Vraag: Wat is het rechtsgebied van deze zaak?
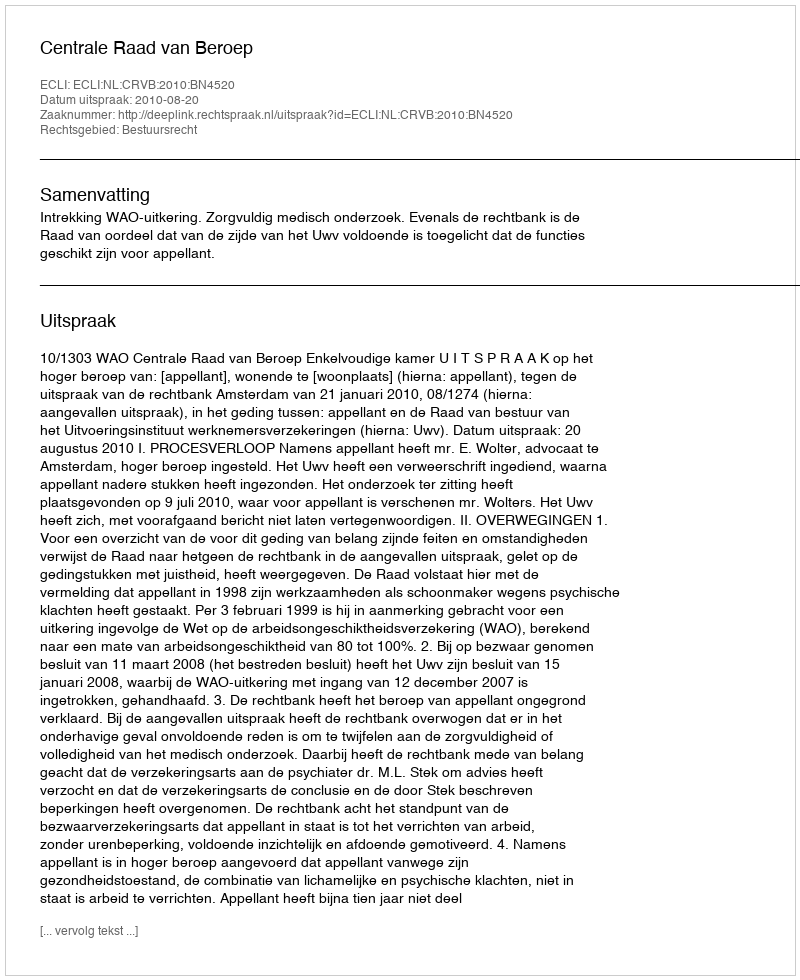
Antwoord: Bestuursrecht